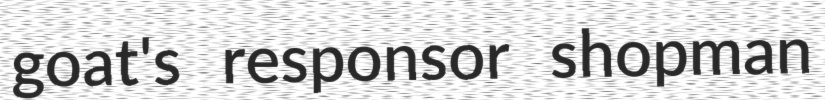
goat's responsor shopman